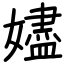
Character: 嬧